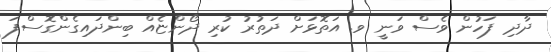
ދާދި ފަހުން ވެސް ވަނީ ވ. އަތޮޅަށް ދަތުރު ކުރި ދޯންޏެއް ބިންދައިގެންގޮސްފަ